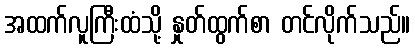
အထက်လူကြီးထံသို့ နှုတ်ထွက်စာ တင်လိုက်သည်။